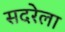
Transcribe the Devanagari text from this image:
सदरेला